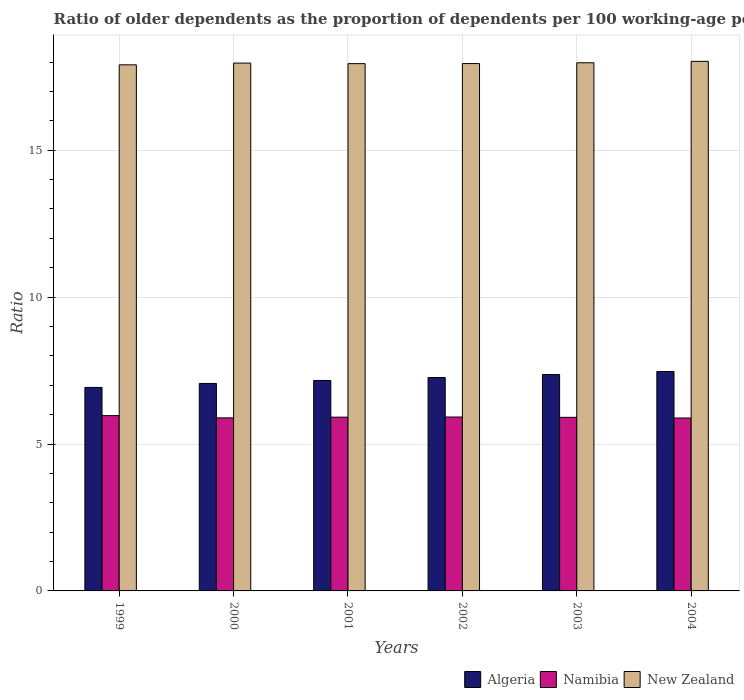
| Years | Algeria | Namibia | New Zealand |
 | --- | --- | --- | --- |
 | 1999 | 6.93 | 5.97 | 17.9 |
 | 2000 | 7.06 | 5.89 | 18 |
 | 2001 | 7.16 | 5.91 | 17.9 |
 | 2002 | 7.26 | 5.92 | 17.9 |
 | 2003 | 7.36 | 5.91 | 18 |
 | 2004 | 7.47 | 5.88 | 18 |